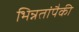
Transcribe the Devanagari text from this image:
भिन्नतांपैकी